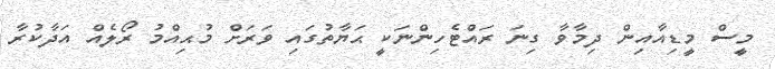
މީސް މީޑިއާއިން ދިމާވާ ގިނަ ރައްޓެހިންނަކީ ޙަޔާތުގައި ވަރަށް މުޙިއްމު ރޯލެއް އަދާކުރާ